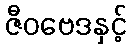
ဇီဝဗေဒနှင့်